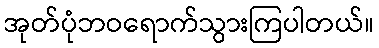
အုတ်ပုံဘဝရောက်သွားကြပါတယ်။